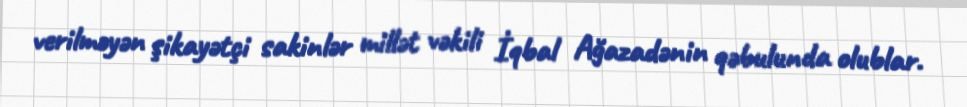
verilməyən şikayətçi sakinlər millət vəkili İqbal Ağazadənin qəbulunda olublar.